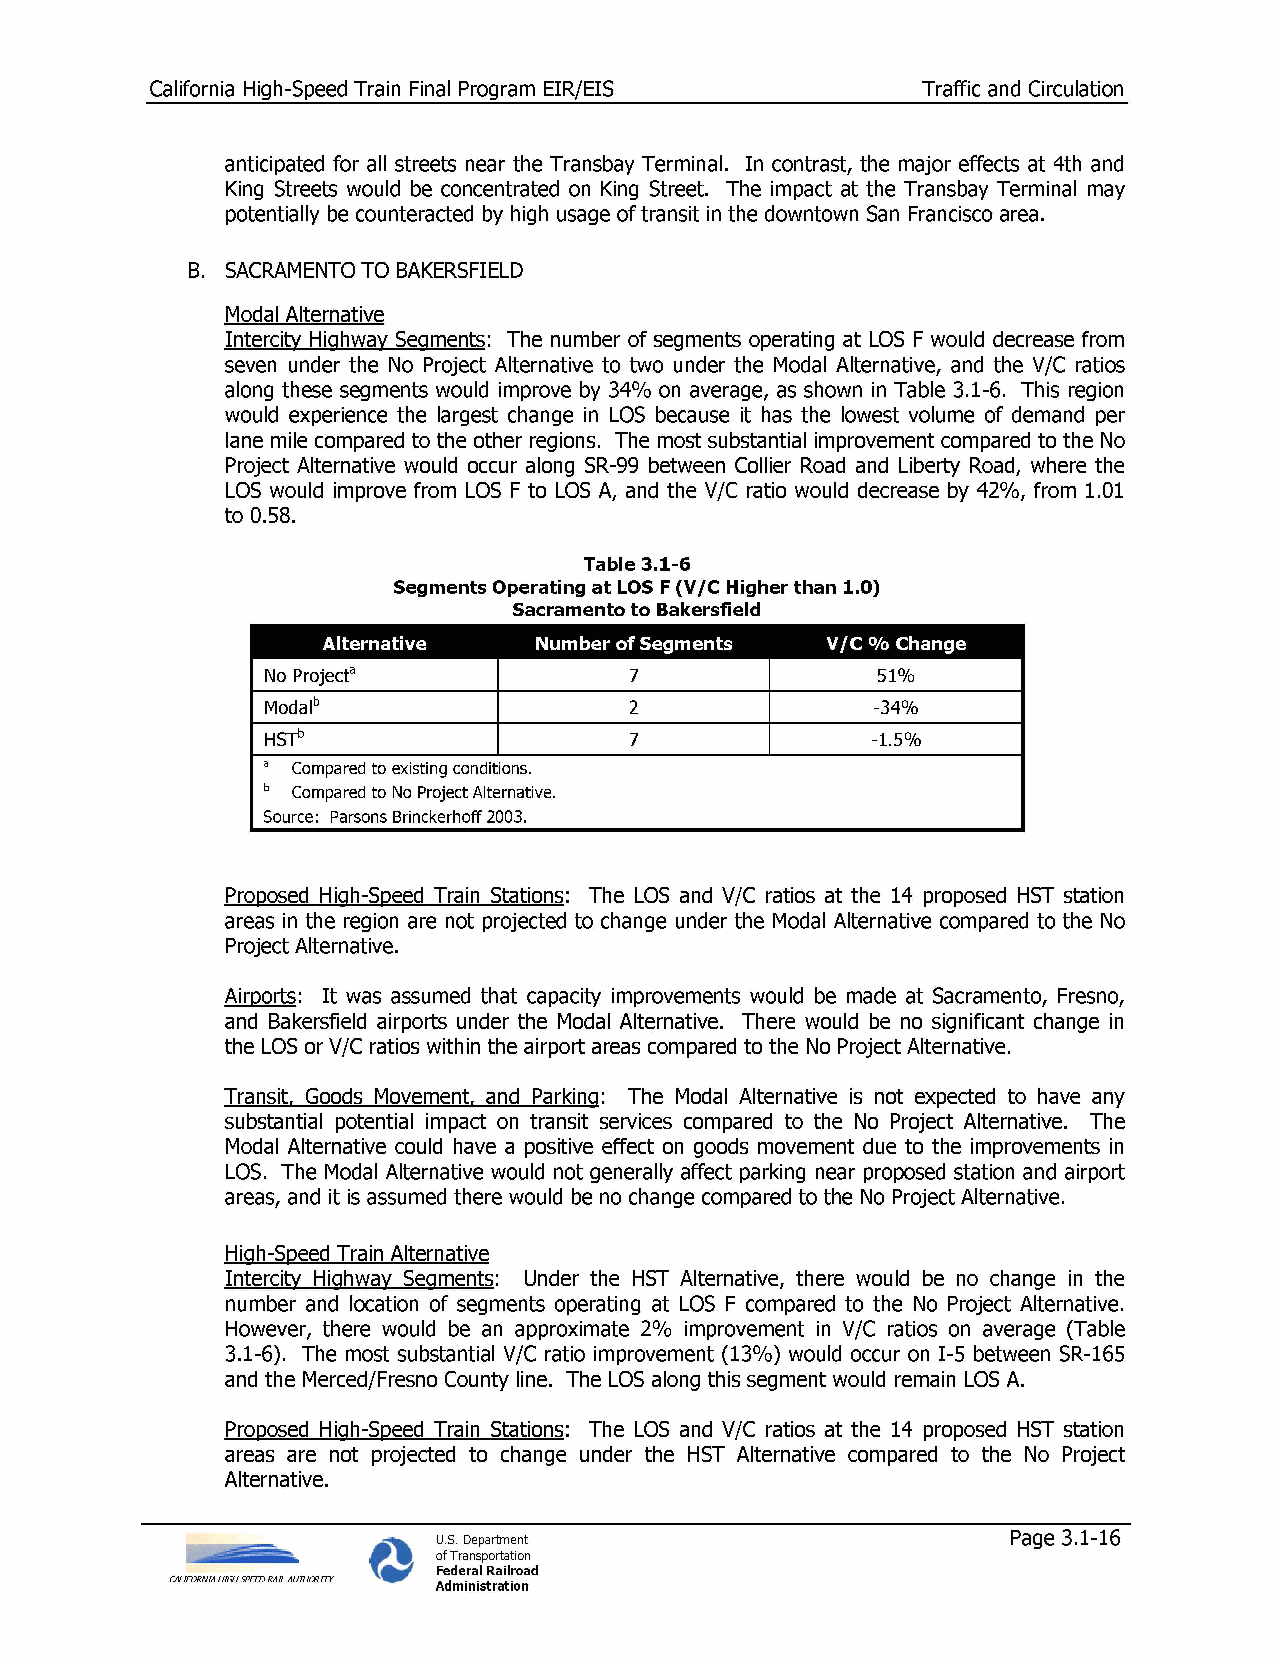
California High-Speed Train Final Program EIR/EIS  Traffic and Circulation
 anticipated for all streets near the Transbay Terminal. In contrast, the major effects at 4th and
 King Streets would be concentrated on King Street. The impact at the Transbay Terminal may
 potentially be counteracted by high usage of transit in the downtown San Francisco area.
 B. SACRAMENTO TO BAKERSFIELD
 Modal Alternative
 Intercity Highway Segments: The number of segments operating at LOS F would decrease from
 seven under the No Project Alternative to two under the Modal Alternative, and the V/C ratios
 along these segments would improve by 34% on average, as shown in Table 3.1-6. This region
 would experience the largest change in LOS because it has the lowest volume of demand per
 lane mile compared to the other regions. The most substantial improvement compared to the No
 Project Alternative would occur along SR-99 between Collier Road and Liberty Road, where the
 LOS would improve from LOS F to LOS A, and the V/C ratio would decrease by 42%, from 1.01
 to 0.58.
 Table 3.1-6
 Segments Operating at LOS F (V/C Higher than 1.0)
 Sacramento to Bakersfield
 Alternative    Number of Segments V/C % Change
 No Projecta             7               51%
 Modalb                  2               -34%
 HSTb                    7               -1.5%
 a Compared to existing conditions.
 b Compared to No Project Alternative.
 Source: Parsons Brinckerhoff 2003.
 Proposed High-Speed Train Stations: The LOS and V/C ratios at the 14 proposed HST station
 areas in the region are not projected to change under the Modal Alternative compared to the No
 Project Alternative.
 Airports: It was assumed that capacity improvements would be made at Sacramento, Fresno,
 and Bakersfield airports under the Modal Alternative. There would be no significant change in
 the LOS or V/C ratios within the airport areas compared to the No Project Alternative.
 Transit, Goods Movement, and Parking: The Modal Alternative is not expected to have any
 substantial potential impact on transit services compared to the No Project Alternative. The
 Modal Alternative could have a positive effect on goods movement due to the improvements in
 LOS. The Modal Alternative would not generally affect parking near proposed station and airport
 areas, and it is assumed there would be no change compared to the No Project Alternative.
 High-Speed Train Alternative
 Intercity Highway Segments: Under the HST Alternative, there would be no change in the
 number and location of segments operating at LOS F compared to the No Project Alternative.
 However, there would be an approximate 2% improvement in V/C ratios on average (Table
 3.1-6). The most substantial V/C ratio improvement (13%) would occur on I-5 between SR-165
 and the Merced/Fresno County line. The LOS along this segment would remain LOS A.
 Proposed High-Speed Train Stations: The LOS and V/C ratios at the 14 proposed HST station
 areas are not projected to change under the HST Alternative compared to the No Project
 Alternative.
 U.S. Department                       Page 3.1-16
 of Transportation
 Federal Railroad
 CALIFORNIA HIGH SPEED RAIL AUTHORITY Administration